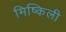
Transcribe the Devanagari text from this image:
मिष्किली